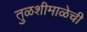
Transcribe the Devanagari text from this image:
तुळशीमाळेची